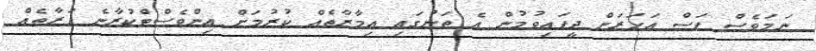
ނަމަވެސް ފަސް އަހަރަށް ދީފައިވުމުން އެ ތަނުގައި އިމާރާތެއް ކުރުމަށް އިންވެސްޓްކުރާނެ ފަރާތެއް